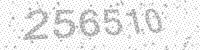
Solution: 256510